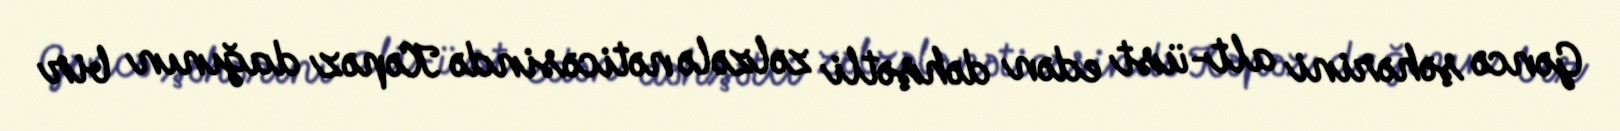
Gəncə şəhərini alt-üst edən dəhşətli zəlzələ nəticəsində Kəpəz dağının bir